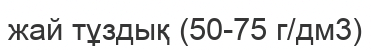
жай тұздық (50-75 г/дм3)